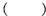
( )